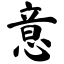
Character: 意